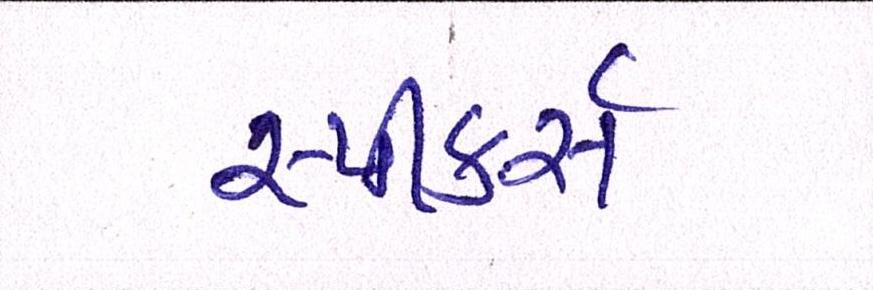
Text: સ્પીકર્સ